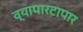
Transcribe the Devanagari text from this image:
व्यापारटापार